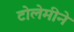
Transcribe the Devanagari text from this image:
टोलेमीने